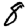
Digit: 8